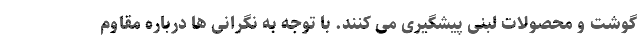
گوشت و محصولات لبنی پیشگیری می کنند. با توجه به نگرانی ها درباره مقاوم